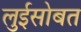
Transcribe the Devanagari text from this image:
लुईसोबत